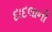
દાદલાની